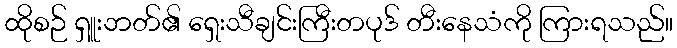
ထိုစဉ် ရှူးဘတ်၏ ရှေးသီချင်းကြီးတပုဒ် တီးနေသံကို ကြားရသည်။